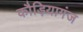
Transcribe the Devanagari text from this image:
कौड़ियागंज